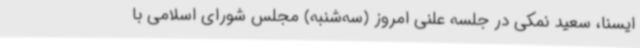
ایسنا، سعید نمکی در جلسه علنی امروز (سه‌شنبه) مجلس شورای اسلامی با